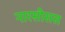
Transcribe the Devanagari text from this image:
नारसीसस